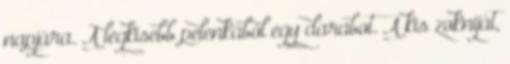
napjára. A legkisebb pelenkából egy darabot. A kis zokniját,